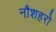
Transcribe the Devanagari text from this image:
नौशहरो